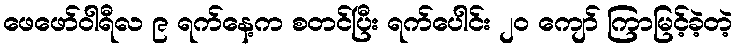
ဖေဖော်ဝါရီလ ၉ ရက်နေ့က စတင်ပြီး ရက်ပေါင်း ၂၀ ကျော် ကြာမြင့်ခဲ့တဲ့